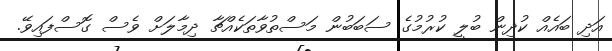
އަދި ބައެއް ކުދިން ބުލީ ކުރުމުގެ ސަބަބުން މަސްތުވާތަކެއްޗާ ދިމާލަށް ވެސް ގޮސްފައިވޭ.